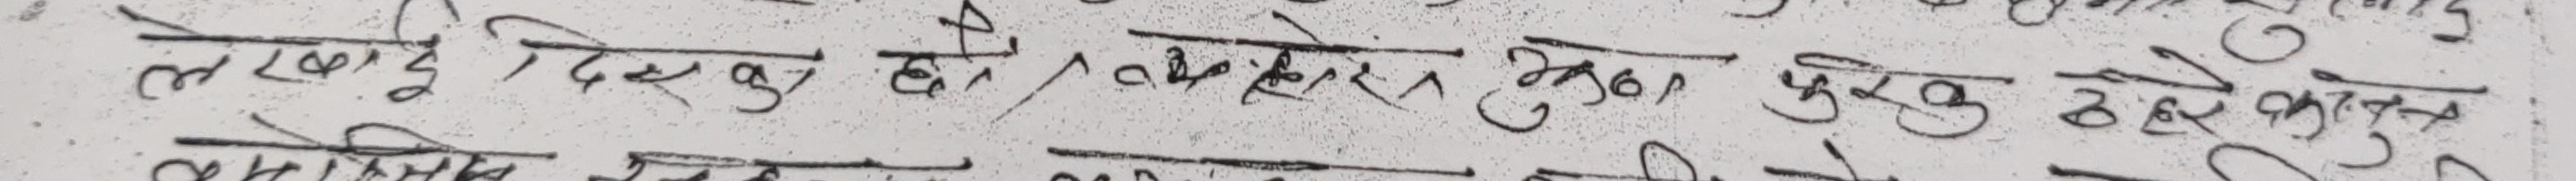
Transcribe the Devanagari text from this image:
लेखाई देख्न हुँदैन किनकी उनको पुरै हेरेका हुन्